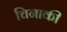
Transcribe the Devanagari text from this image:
चिनाकी